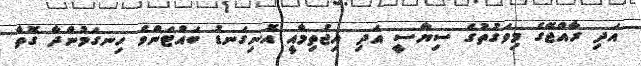
އަދި ރާއްޖޭގެ މިވަގުތުގެ ސިޔާސީ އަދި އިޖުތިމާއީ އޮނިގަނޑު ބައްޓަންވެ ހިނގަމުންދާ ގޮތާ